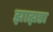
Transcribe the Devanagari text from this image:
झाझडा